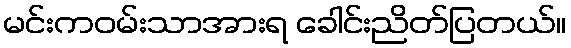
မင်းကဝမ်းသာအားရ ခေါင်းညိတ်ပြတယ်။